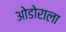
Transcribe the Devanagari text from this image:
ओडोराला